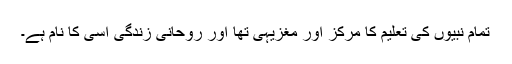
تمام نبیوں کی تعلیم کا مرکز اور مغزیہی تھا اور روحانی زندگی اسی کا نام ہے۔